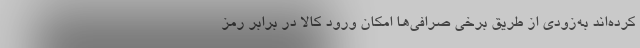
کرده‌اند به‌زودی از طریق برخی صرافی‌ها امکان ورود کالا در برابر رمز